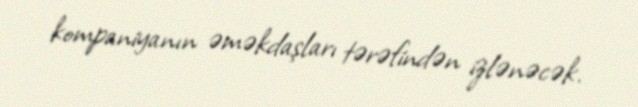
kompaniyanın əməkdaşları tərəfindən izlənəcək.